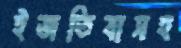
ইজতিবাসহ